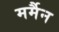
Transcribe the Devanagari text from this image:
मर्मैन